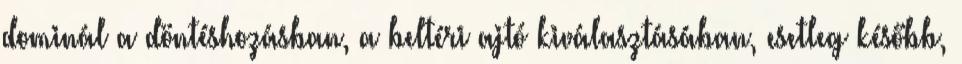
dominál a döntéshozásban, a beltéri ajtó kiválasztásában, esetleg később,